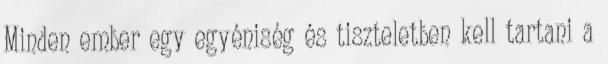
Minden ember egy egyéniség és tiszteletben kell tartani a